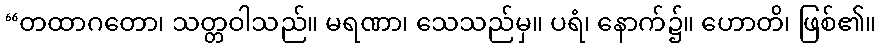
“တထာဂတော၊ သတ္တဝါသည်။ မရဏာ၊ သေသည်မှ။ ပရံ၊ နောက်၌။ ဟောတိ၊ ဖြစ်၏။